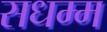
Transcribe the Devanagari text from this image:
सधम्म